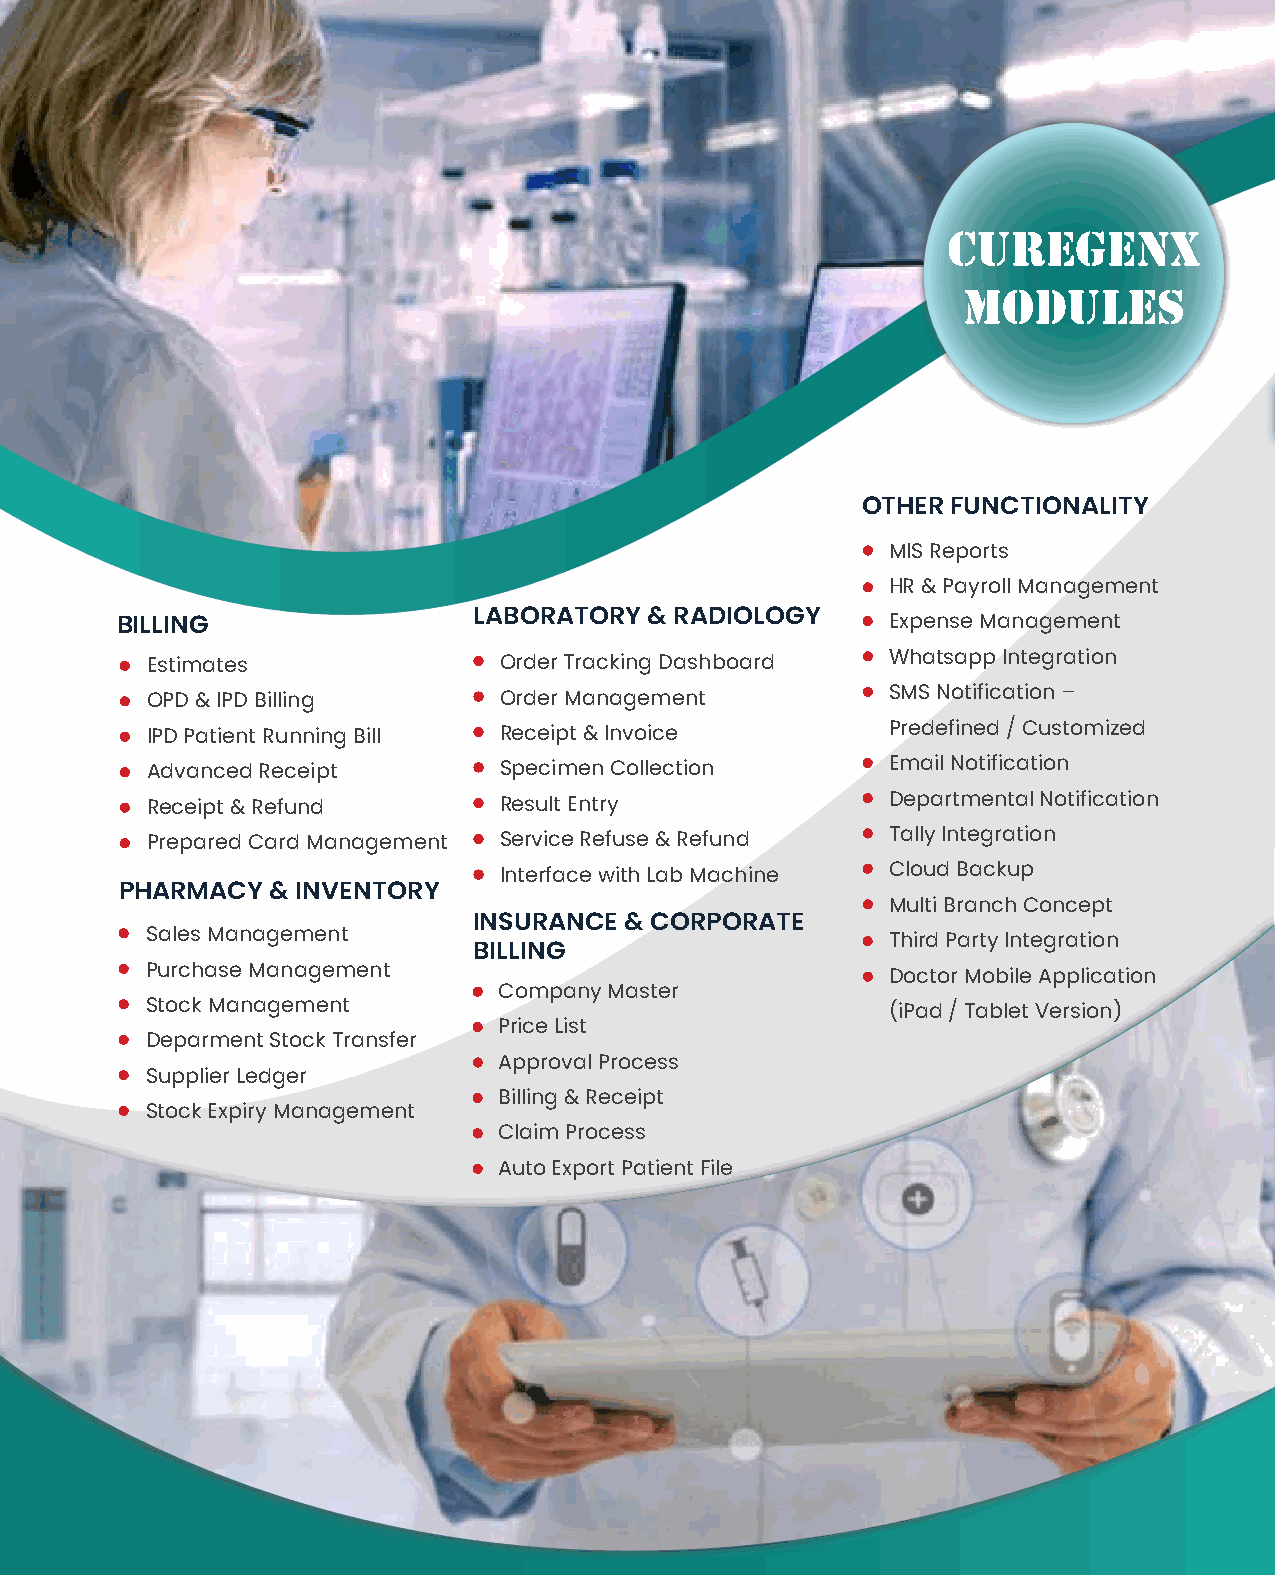
curegenx
 modules
 OTHER FUNCTIONALITY
 MIS Reports
 HR & Payroll Management
 BILLING                LABORATORY  & RADIOLOGY     Expense Management
 Estimates              Order Tracking Dashboard  Whatsapp Integration
 OPD & IPD Billing      Order Management          SMS Notification –
 IPD Patient Running Bill Receipt & Invoice       Predefined / Customized
 Advanced Receipt       Specimen Collection       Email Notification
 Receipt & Refund       Result Entry              Departmental Notification
 Prepared Card Management Service Refuse & Refund Tally Integration
 Interface with Lab Machine Cloud Backup
 PHARMACY  & INVENTORY
 Multi Branch Concept
 INSURANCE & CORPORATE
 Sales Management                                 Third Party Integration
 BILLING
 Purchase Management                              Doctor Mobile Application
 Company Master
 Stock Management                                 (iPad / Tablet Version)
 Price List
 Deparment Stock Transfer
 Approval Process
 Supplier Ledger
 Billing & Receipt
 Stock Expiry Management
 Claim Process
 Auto Export Patient File